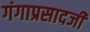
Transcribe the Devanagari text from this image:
गंगाप्रसादजी